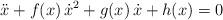
LaTeX: \begin{align*} \ddot x+f(x)\,\dot x^2+g(x)\,\dot x+h(x)=0 \end{align*}